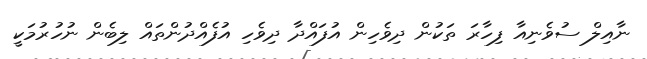
ނާއިލް ސުވެނިއާ ފިހާރަ ތަކުން ދިވެހިން އުފައްދާ ދިވެހި އުފެއްދުންތައް ލިބެން ނުހުރުމަކީ